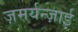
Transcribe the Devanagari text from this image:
ज़मर्यन्ज़ाई